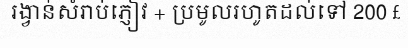
រង្វាន់សំរាប់ភ្ញៀវ + ប្រមូលរហូតដល់ទៅ 200 £